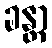
ခန္တာ